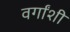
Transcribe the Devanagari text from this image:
वर्गांशी